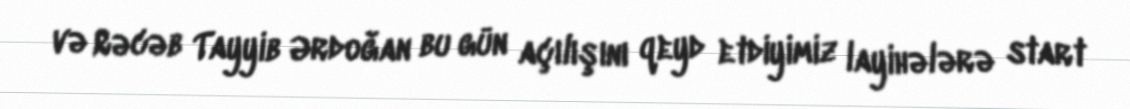
və Rəcəb Tayyib Ərdoğan bu gün açılışını qeyd etdiyimiz layihələrə start